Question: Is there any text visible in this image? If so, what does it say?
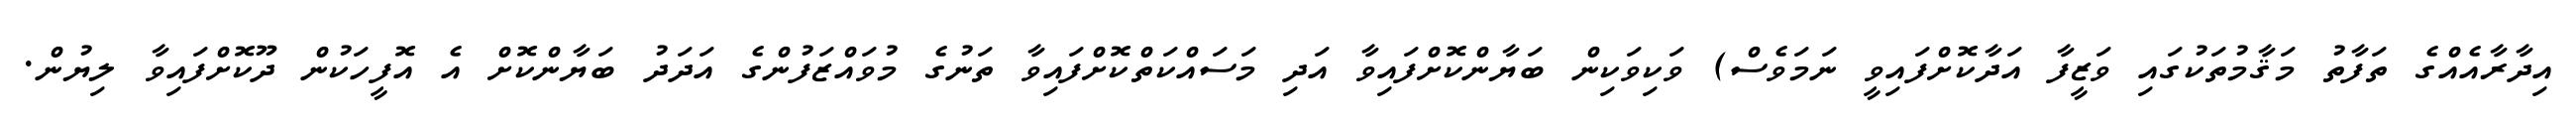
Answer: އިދާރާއެއްގެ ތަފާތު މަޤާމުތަކުގައި ވަޒީފާ އަދާކޮށްފައިވީ ނަމަވެސް) ވަކިވަކިން ބަޔާންކޮށްފައިވާ އަދި މަސައްކަތްކޮށްފައިވާ ތަނުގެ މުވައްޒަފުންގެ އަދަދު ބަޔާންކޮށް އެ އޮފީހަކުން ދޫކޮށްފައިވާ ލިޔުން.